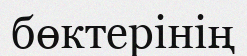
бөктерінің